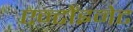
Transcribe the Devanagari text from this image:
एन्टोंइनेट